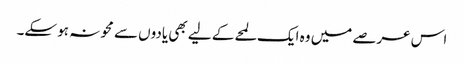
اس عرصے میں وہ ایک لمحے کے لیے بھی یادوں سے محو نہ ہو سکے۔